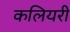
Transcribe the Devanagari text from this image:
कलियरी